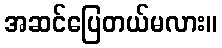
အဆင်ပြေတယ်မလား။